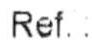
REF. :